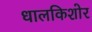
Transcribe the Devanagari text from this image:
धालकिशोर